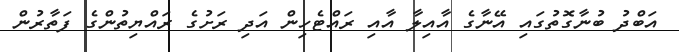
އަބްދު ބުނާގޮތުގައި އޭނާގެ އާއިލާ އާއި ރައްޓެހިން އަދި ރަށުގެ ރައްޔިތުންގެ ފަތާރުން